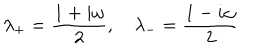
LaTeX: \lambda _ { + } = \frac { 1 + i \omega } { 2 } , \quad \lambda _ { - } = \frac { 1 - i \omega } { 2 }